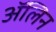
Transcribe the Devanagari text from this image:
ॲलिन